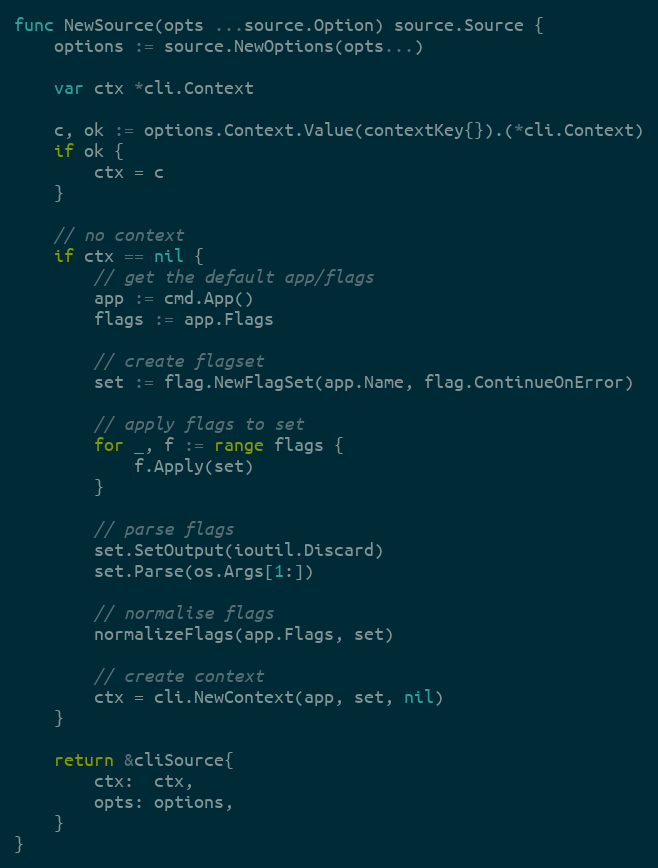
Language: Go
func NewSource(opts ...source.Option) source.Source {
	options := source.NewOptions(opts...)

	var ctx *cli.Context

	c, ok := options.Context.Value(contextKey{}).(*cli.Context)
	if ok {
		ctx = c
	}

	// no context
	if ctx == nil {
		// get the default app/flags
		app := cmd.App()
		flags := app.Flags

		// create flagset
		set := flag.NewFlagSet(app.Name, flag.ContinueOnError)

		// apply flags to set
		for _, f := range flags {
			f.Apply(set)
		}

		// parse flags
		set.SetOutput(ioutil.Discard)
		set.Parse(os.Args[1:])

		// normalise flags
		normalizeFlags(app.Flags, set)

		// create context
		ctx = cli.NewContext(app, set, nil)
	}

	return &cliSource{
		ctx:  ctx,
		opts: options,
	}
}